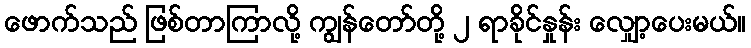
ဖောက်သည် ဖြစ်တာကြာလို့ ကျွန်တော်တို့ ၂ ရာခိုင်နှုန်း လျှော့ပေးမယ်။